system: You are a helpful assistant.
user:
Analyze the provided spectrum to determine if it is a **"Cataclysmic Variables (CV)"**.

- **Key Indicators for CV (Check for either state):**
    - **State 1: Quiescent / Low-State (Emission-Dominated)**
        - **(Primary):** Strong and *very broad* Hydrogen Balmer emission lines (e.g., $H\alpha$ at 6563 Å, $H\beta$ at 4861 Å). The 'broadness' (high velocity dispersion, often FWHM > 1000 km/s) is the key diagnostic, indicating a high-velocity accretion disk.
        - **(Secondary):** Broad neutral Helium (He I) emission lines (e.g., 5876 Å, 6678 Å).
        - **(Key Confirmation):** Presence of high-excitation *ionized* Helium (He II) emission at 4686 Å. This is a strong indicator of accretion onto a white dwarf.
        - **(Line Profile):** Emission lines may exhibit a 'double-peaked' profile, which is a classic signature of a rotating accretion disk viewed at high inclination.

    - **State 2: Outburst / High-State (Absorption-Dominated)**
        - **(Primary):** Spectrum is dominated by a bright, blue continuum (looks like a hot star).
        - **(Secondary):** The emission lines from State 1 are weak, absent, or 'filled in', and are replaced by broad, shallow *absorption* lines (primarily Balmer and He I).
        - **(Morphology):** The overall spectrum mimics a hot B/A-type star. The crucial difference is that the absorption lines are significantly broader, shallower, and more 'washed-out' (or 'smeared') than the sharp lines of a normal stellar photosphere, due to high rotational speeds and pressure broadening in the disk.

Think first, call **spectral_visualization_tool** if needed to examine features in detail, then provide your final answer. Your response must adhere to the following strict rules:
1.  **Overall Structure:** Your response must follow the format `<think>...</think> <tool_call>...</tool_call> (if a tool is used) <answer>...</answer>`.
2.  **Tool Usage Constraint:** You may only make **one** tool call per turn.
3.  **Final Answer Format:** In the `<answer>` tag, your conclusion must be inside a `\boxed{}` command (e.g., `\boxed{YES}`), followed by your justification.

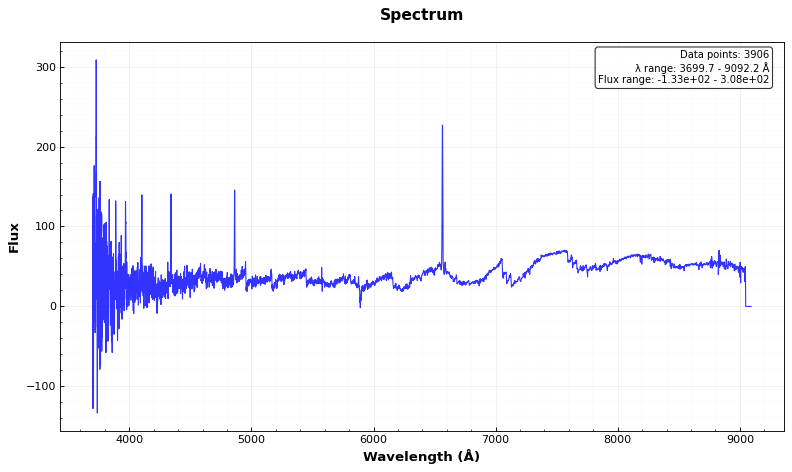
Answer: YES